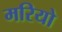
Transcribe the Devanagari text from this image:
मरियो